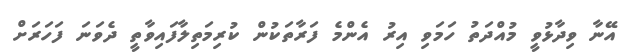
އޭނާ ވިދާޅުވީ މުއްދަތު ހަމަވި އިރު އެންމެ ފަރާތަކުން ކުރިމަތިލާފައިވާތީ ދެވަނަ ފަހަރަށް